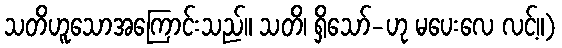
သတိဟူသောအကြောင်းသည်။ သတိ၊ ရှိသော်-ဟု မပေးလေ လင့်။)